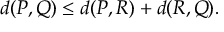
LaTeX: d ( P , Q ) \leq d ( P , R ) + d ( R , Q ) .